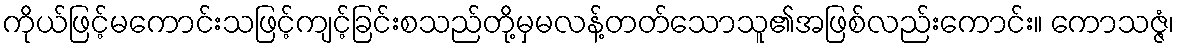
ကိုယ်ဖြင့်မကောင်းသဖြင့်ကျင့်ခြင်းစသည်တို့မှမလန့်တတ်သောသူ၏အဖြစ်လည်းကောင်း။ ကောသဇ္ဇံ၊